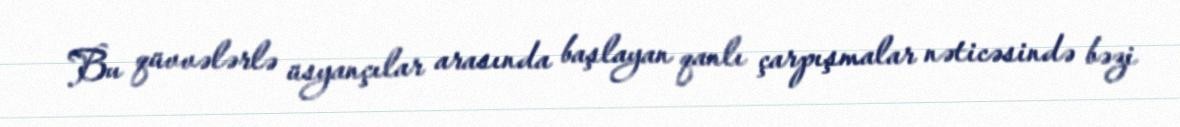
Bu qüvvələrlə üsyançılar arasında başlayan qanlı çarpışmalar nəticəsində bəzi